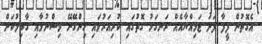
އެގޮތުން ފީފާ ފަދަ ޖަމިއްޔާއެއް ރަނގަޅު ގޮތުގައި ކުރިއަރުވައި ހިންގޭނޭ ވިސްނުމާއި ގާބިލުކަން